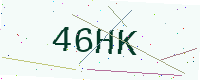
Text: 46HK